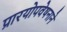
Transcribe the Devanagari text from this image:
प्रारयोपवेषनाने